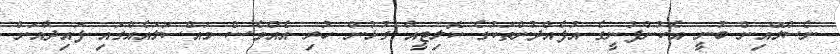
ނެސްލޭއިން ބުނީ އެކުންފުނީގެ އުފެއްދުންތަކުގެ ކޮލިޓީއާ ގުޅުން ހުރި އެއްވެސް މައްސަލައެއްގައި ފައިދާއަށް